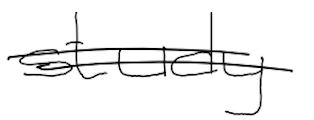
Text: study
Cross-out: double-line
Writing tool: digital_black